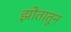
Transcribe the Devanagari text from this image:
झोतातून